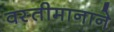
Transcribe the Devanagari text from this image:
वस्तीमानाने